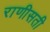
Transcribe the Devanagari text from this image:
राणीसती